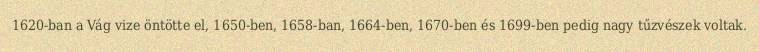
1620-ban a Vág vize öntötte el, 1650-ben, 1658-ban, 1664-ben, 1670-ben és 1699-ben pedig nagy tűzvészek voltak.